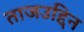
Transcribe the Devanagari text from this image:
ताजउद्दिन